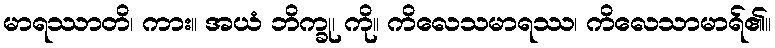
မာရဿာတိ၊ ကား။ အယံ ဘိက္ခု၊ ကို။ ကိလေသမာရဿ၊ ကိလေသာမာရ်၏။